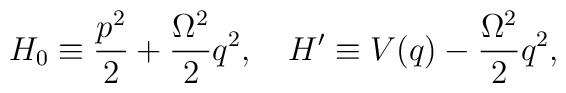
H_0\equiv{p^2\over2}+{\Omega^2\over2}q^2,\quad   H'\equiv V(q)-{\Omega^2\over2}q^2,